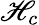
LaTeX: \mathscr{H}_{c}